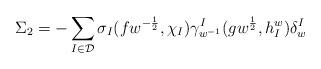
LaTeX: \begin{align*}\Sigma_{2}=-\sum_{I\in\mathcal D}\sigma_{I}(fw^{-\frac12},\chi_{I})\gamma_{w^{-1}}^{I}(gw^{\frac12},h_{I}^{w})\delta_{w}^{I}\end{align*}